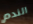
الندم